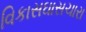
વિકાસઘાસચારા